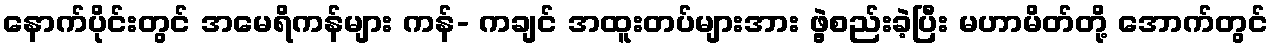
နောက်ပိုင်းတွင် အမေရိကန်များ ကန်- ကချင် အထူးတပ်များအား ဖွဲ့စည်းခဲ့ပြီး မဟာမိတ်တို့ အောက်တွင်